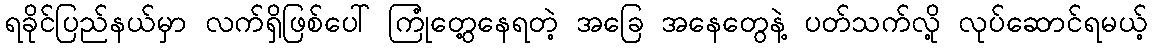
ရခိုင်ပြည်နယ်မှာ လက်ရှိဖြစ်ပေါ် ကြုံတွေ့နေရတဲ့ အခြေ အနေတွေနဲ့ ပတ်သက်လို့ လုပ်ဆောင်ရမယ့်